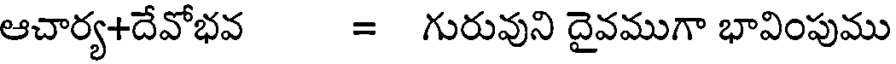
ఆచార్య+దేవోభవ = గురువుని దైవముగా భావింపుము